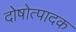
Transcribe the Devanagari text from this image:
दोषोत्पादक